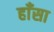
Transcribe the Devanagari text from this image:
हाँसा